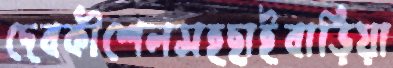
দেবকীশেলসহছাইবাড়িয়া